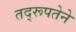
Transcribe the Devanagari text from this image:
तद्‌रूपतेने